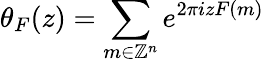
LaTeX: \theta_{F}(z)=\sum_{m\in\mathbb{Z}^{n}}e^{2\pi izF(m)}